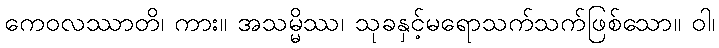
ကေဝလဿာတိ၊ ကား။ အသမ္မိဿ၊ သုခနှင့်မရောသက်သက်ဖြစ်သော။ ဝါ၊